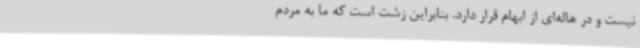
نیست و در هاله‌ای از ابهام قرار دارد. بنابراین زشت است که ما به مردم